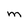
Character: M